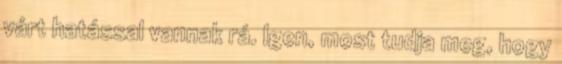
várt hatással vannak rá. Igen, most tudja meg, hogy